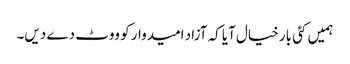
ہمیں کئی بار خیال آیا کہ آزاد امیدوار کو ووٹ دے دیں۔